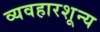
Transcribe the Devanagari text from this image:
व्यवहारशून्य